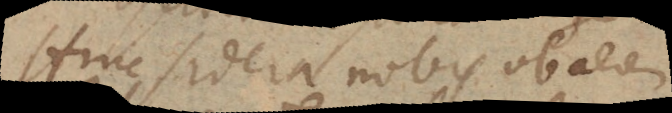
Hinc sidera nobis ob aerem